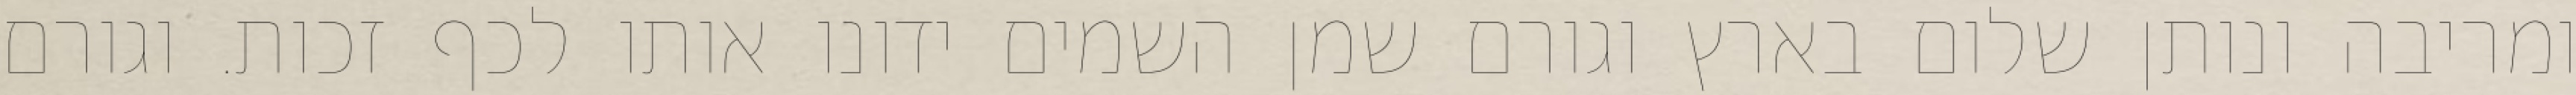
ומריבה ונותן שלום בארץ וגורם שמן השמים ידונו אותו לכף זכות. וגורם